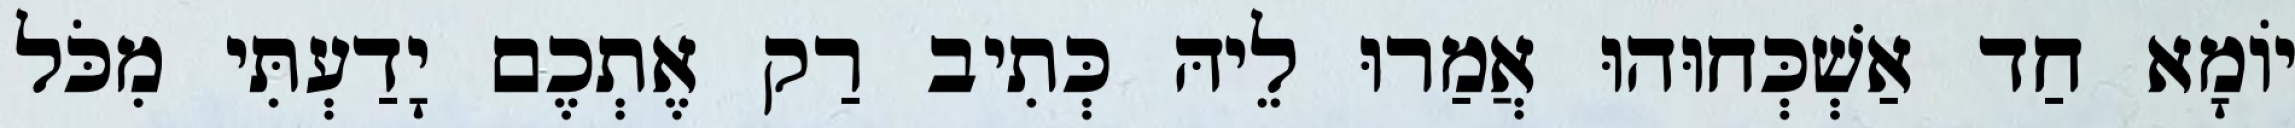
יוֹמָא חַד אַשְׁכְּחוּהוּ אֲמַרוּ לֵיהּ כְּתִיב רַק אֶתְכֶם יָדַעְתִּי מִכֹּל